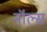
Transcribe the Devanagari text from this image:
नॉल्स